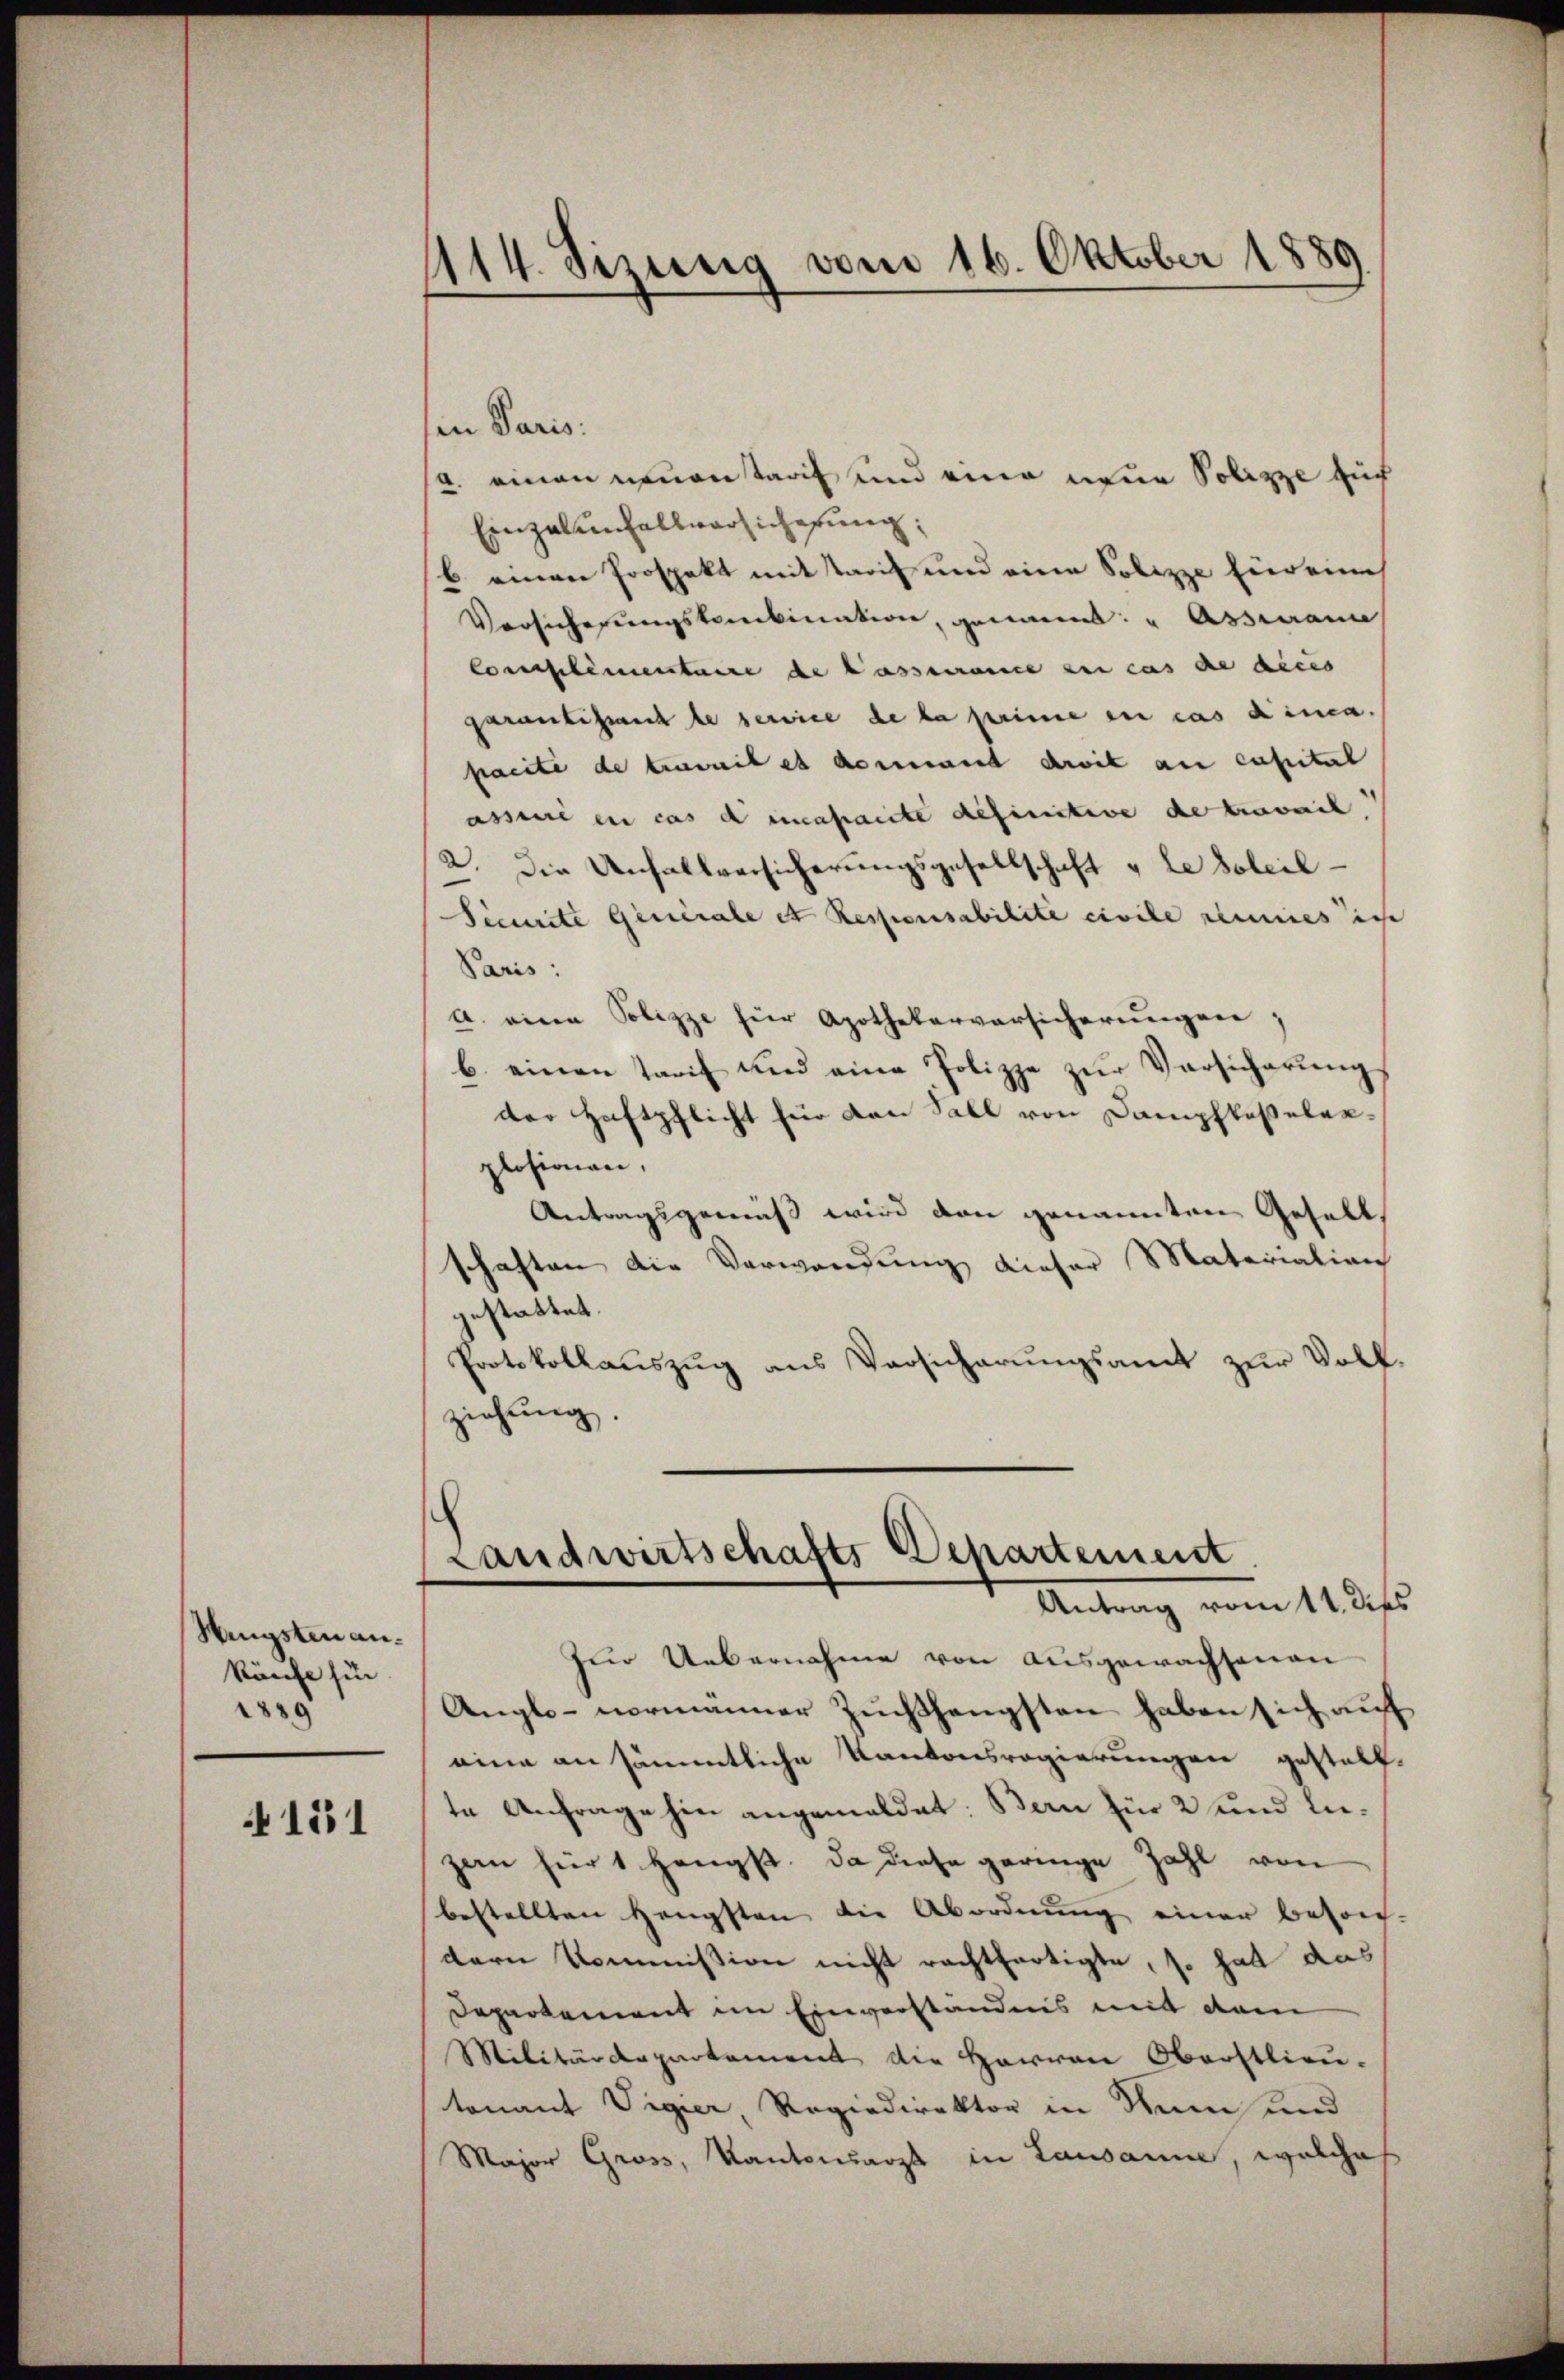
Hengsten ankäufe fin
1889

4151

114. Sizung vom 16. Oktober 1889

sen Paris:
a. einen neuentarif und eine neue Polizze auch
Einzalunfallversicherung:
b. einen Prospekt mit Tarif und eine Solizze Einreines
Versicherungskombination, genannt: "Asscurance,
Complimentaire de Passance zu cas de deces
garantissant le service de la prime en cas dinca.
pacite de truweil et dermant droit au capital
assuré en cas d incapacite definitive de travail
2. Die Unfallversicherungsgesellschaft u le Soleil¬
Sicurite Generale et Responsabilite civile seines ich
Paris:
a. eine Polizze für Apothekerversicherungen,
b. einen Tarif und eine Polizze zur Versicherungs
der Haftpflicht für den Sall von Dampflasseler-
plosionen,
Antragsgemäß wird den genannten Gesells
schaften die Verwendung dieser Materialien
gestattet.
Protokollauszug aus Versicherungsamt zur Volk.
ziehung.
Landwirtschafts Departemend
Antrag vom 11. dies
Zur Uebernahme von Ausgewachsenen
Anglo-normänner Zuchthengsten haben sich auf
eine an sämmtliche Kantonsregierungen gestelt.
te Anfrage hin angemeldet: Bern für 2 und liezern für 1 Hengst. Da diese geringe Zahl von
bestellten Hengsten die Abordnŭng einer beson-
dern Kommission nicht rechtfertigte, so hat das
Departement im Einverständnis mit dem
Militärdepartement die Herren Oberstlieutonant Vigier, Regiedirektor in dem und
Major Gross, Kantonsarzt in Lausanne, welche